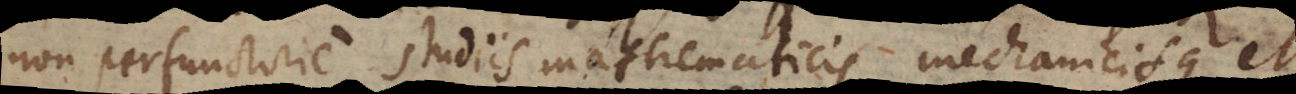
non perfunctorie studiis mathematicis mechanicisque et